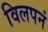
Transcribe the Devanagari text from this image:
विलपनं